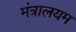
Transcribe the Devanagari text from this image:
मंत्रालयम